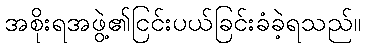
အစိုးရအဖွဲ့၏ငြင်းပယ်ခြင်းခံခဲ့ရသည်။